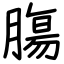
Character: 膓